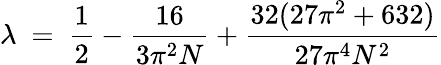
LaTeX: \lambda~=~\frac{1}{2}-\frac{16}{3\pi^{2}N}+\frac{32(27\pi^{2}+632)}{27\pi^{4}N^{2}}